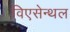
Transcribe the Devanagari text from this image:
विएसेन्थल